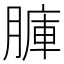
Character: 𦟏